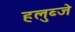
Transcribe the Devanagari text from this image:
हलुब्जे